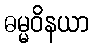
ဓမ္မဝိနယာ